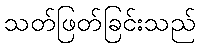
သတ်ဖြတ်ခြင်းသည်